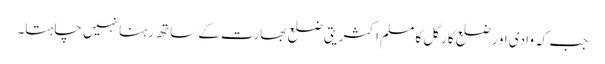
جب کہ وادی او رضلع کارگل کا مسلم اکثریتی ضلع بھارت کے ساتھ رہنا نہیں چاہتا۔